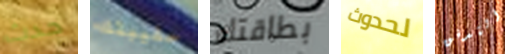
حدث حقيبتك بطاقتك لحدوث التدفق